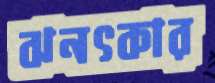
ঝনৎকার